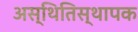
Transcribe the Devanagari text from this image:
अस्थितिस्थापक